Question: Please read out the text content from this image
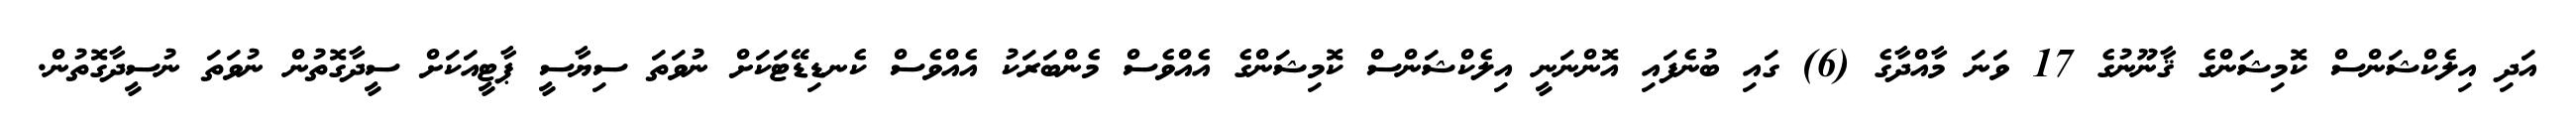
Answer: އަދި އިލެކްޝަންސް ކޮމިޝަންގެ ޤާނޫނުގެ 17 ވަނަ މާއްދާގެ (6) ގައި ބުނެފައި އޮންނަނީ އިލެކްޝަންސް ކޮމިޝަންގެ އެއްވެސް މެންބަރަކު އެއްވެސް ކެނޑިޑޭޓަކަށް ނުވަތަ ސިޔާސީ ޕާޓީއަކަށް ސީދާގޮތުން ނުވަތަ ނުސީދާގޮތުން.